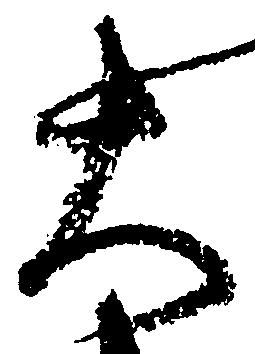
大